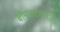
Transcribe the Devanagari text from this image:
बीनवादनातील